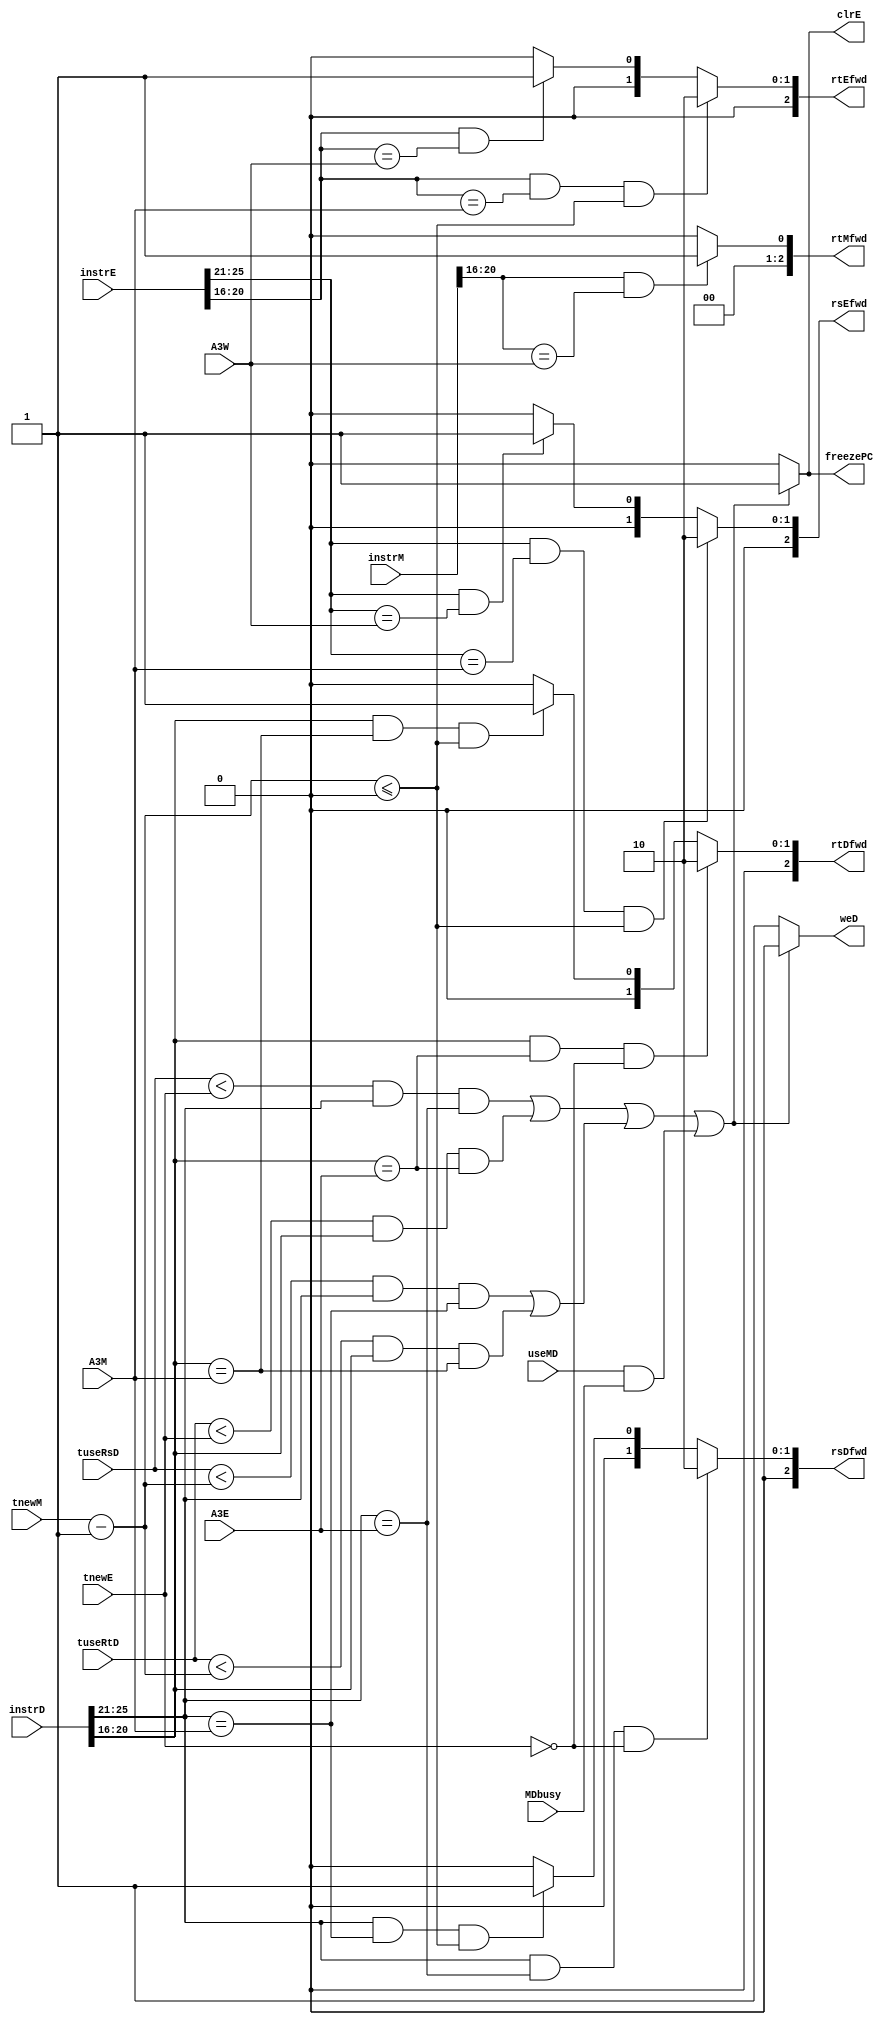
`timescale 1ns / 1ps
//////////////////////////////////////////////////////////////////////////////////
// Company: 
// Engineer: 
// 
// Design Name: 
// Module Name:    Crush 
// Project Name: 
// Target Devices: 
// Tool versions: 
// Description: 
//
// Dependencies: 
//
// Revision: 
// Revision 0.01 - File Created
// Additional Comments: 
//
//////////////////////////////////////////////////////////////////////////////////
module Crush(
	input [2:0] tuseRsD,
	input [2:0] tuseRtD,
	input [2:0] tnewE,
	input [2:0] tnewM,
	input [31:0] instrD,
	input [31:0] instrE,
	input [31:0] instrM,
	input [4:0] A3E,
	input [4:0] A3M,
	input [4:0] A3W,
	input useMD,
	input MDbusy,
	output reg weD,
	output reg clrE,
	output reg freezePC,
	output reg [2:0] rsDfwd,
	output reg [2:0] rtDfwd,
	output reg [2:0] rsEfwd,
	output reg [2:0] rtEfwd,
	output reg [2:0] rtMfwd
    );
	 
	reg stallE,stallM;
	reg [4:0] rsD,rtD,rsE,rtE,rtM;
	
	always@(*)begin
		rsD=instrD[25:21];
		rtD=instrD[20:16];
		rsE=instrE[25:21];
		rtE=instrE[20:16];
		rtM=instrM[20:16];
		
		rsDfwd=(rsD&&rsD==A3E&&tnewE==0)?2:
				 (rsD&&rsD==A3M&&$signed(tnewM-1)<=0)?1:0;
	
		rtDfwd=(rtD&&rtD==A3E&&tnewE==0)?2:
				 (rtD&&rtD==A3M&&$signed(tnewM-1)<=0)?1:0;
	
		rsEfwd=(rsE&&rsE==A3M&&$signed(tnewM-1)<=0)?2:
				 (rsE&&rsE==A3W)?1:0;
					  
		rtEfwd=(rtE&&rtE==A3M&&$signed(tnewM-1)<=0)?2:
				 (rtE&&rtE==A3W)?1:0;
					  
		rtMfwd=(rtM&&rtM==A3W)?1:0;
	
		stallE=($signed(tuseRsD)<$signed(tnewE)&&rsD&&rsD==A3E)||
				 ($signed(tuseRtD)<$signed(tnewE)&&rtD&&rtD==A3E);
					
		stallM=($signed(tuseRsD)<$signed(tnewM-1)&&rsD&&rsD==A3M)||
				 ($signed(tuseRtD)<$signed(tnewM-1)&&rtD&&rtD==A3M);
				 
		if(stallE||stallM||(useMD&&MDbusy))begin
			weD=0;
			clrE=1;
			freezePC=1;
		end
		else begin
			weD=1;
			clrE=0;
			freezePC=0;
		end
	end
endmodule